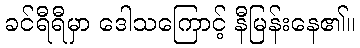
ခင်ရီရီမှာ ဒေါသကြောင့် နီမြန်းနေ၏။